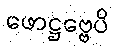
ဖောဋ္ဌဗ္ဗေပိ